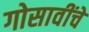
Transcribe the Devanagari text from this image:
गोसावींचे